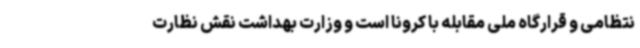
نتظامی و قرارگاه ملی مقابله با کرونا است و وزارت بهداشت نقش نظارت